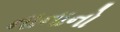
નાનાનો